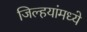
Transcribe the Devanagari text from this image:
जिल्हयांमध्ये